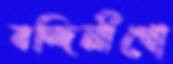
বন্দিনীগো